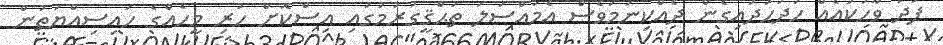
ފަދަ ވާހަކައެއް ހަދަހަދައިގެން ދެއްކިނަމަވެސް އެމައްސަލަ ތަޙްޤީގުރުމުގައި އިސްކޮށް ހުރި މީހެއްގެ ހައިސިއްޔަތުން